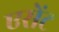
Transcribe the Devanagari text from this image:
एसेंट